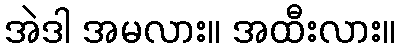
အဲဒါ အမလား။ အထီးလား။